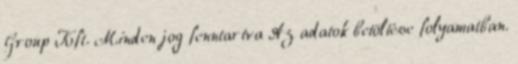
Group Kft. Minden jog fenntartva Az adatok betöltése folyamatban.